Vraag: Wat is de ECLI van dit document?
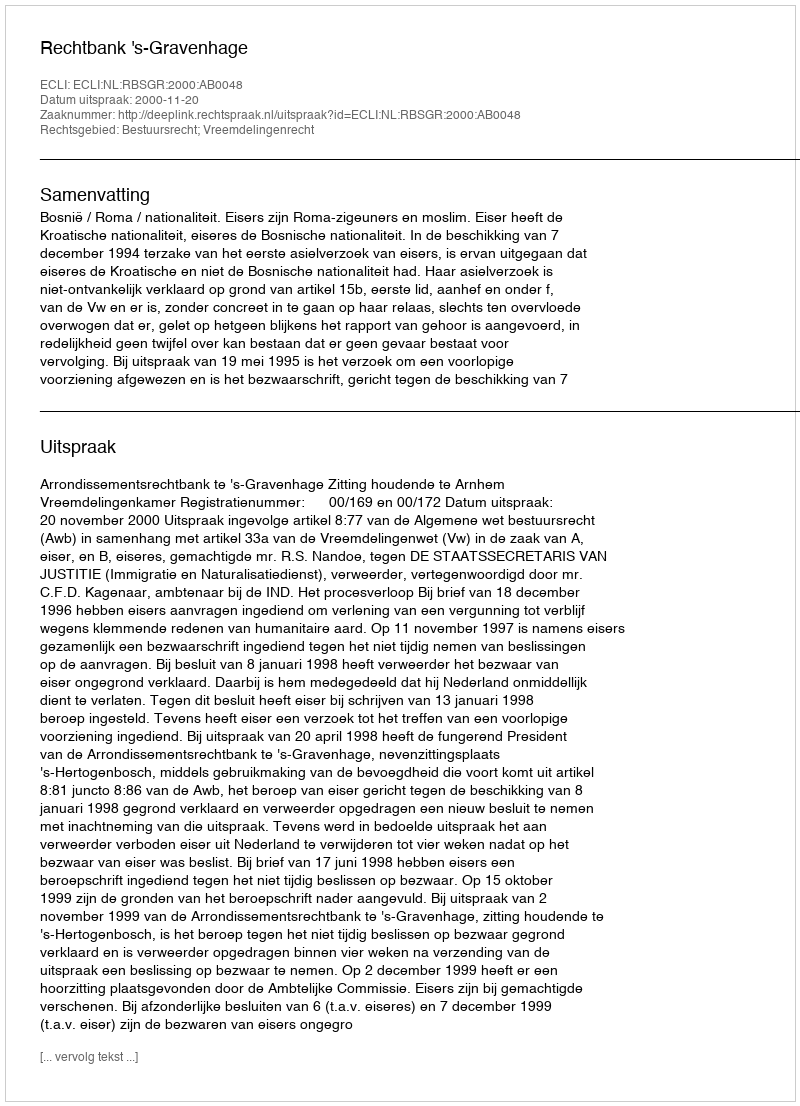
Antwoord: ECLI:NL:RBSGR:2000:AB0048